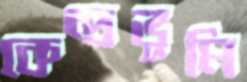
কেন্দ্রভূমি